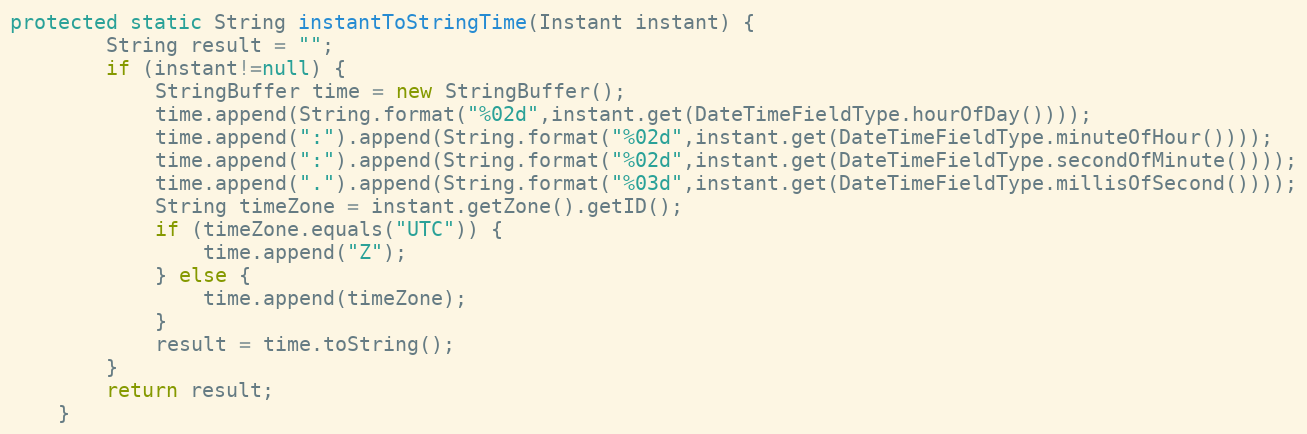
Language: Java
protected static String instantToStringTime(Instant instant) {
    	String result = "";
    	if (instant!=null) {
    		StringBuffer time = new StringBuffer();
    		time.append(String.format("%02d",instant.get(DateTimeFieldType.hourOfDay())));
    		time.append(":").append(String.format("%02d",instant.get(DateTimeFieldType.minuteOfHour())));
    		time.append(":").append(String.format("%02d",instant.get(DateTimeFieldType.secondOfMinute())));
    		time.append(".").append(String.format("%03d",instant.get(DateTimeFieldType.millisOfSecond())));
    		String timeZone = instant.getZone().getID();
    		if (timeZone.equals("UTC")) {
    		    time.append("Z");
    		} else {
    			time.append(timeZone);
    		}
    		result = time.toString();
    	}
    	return result;
    }